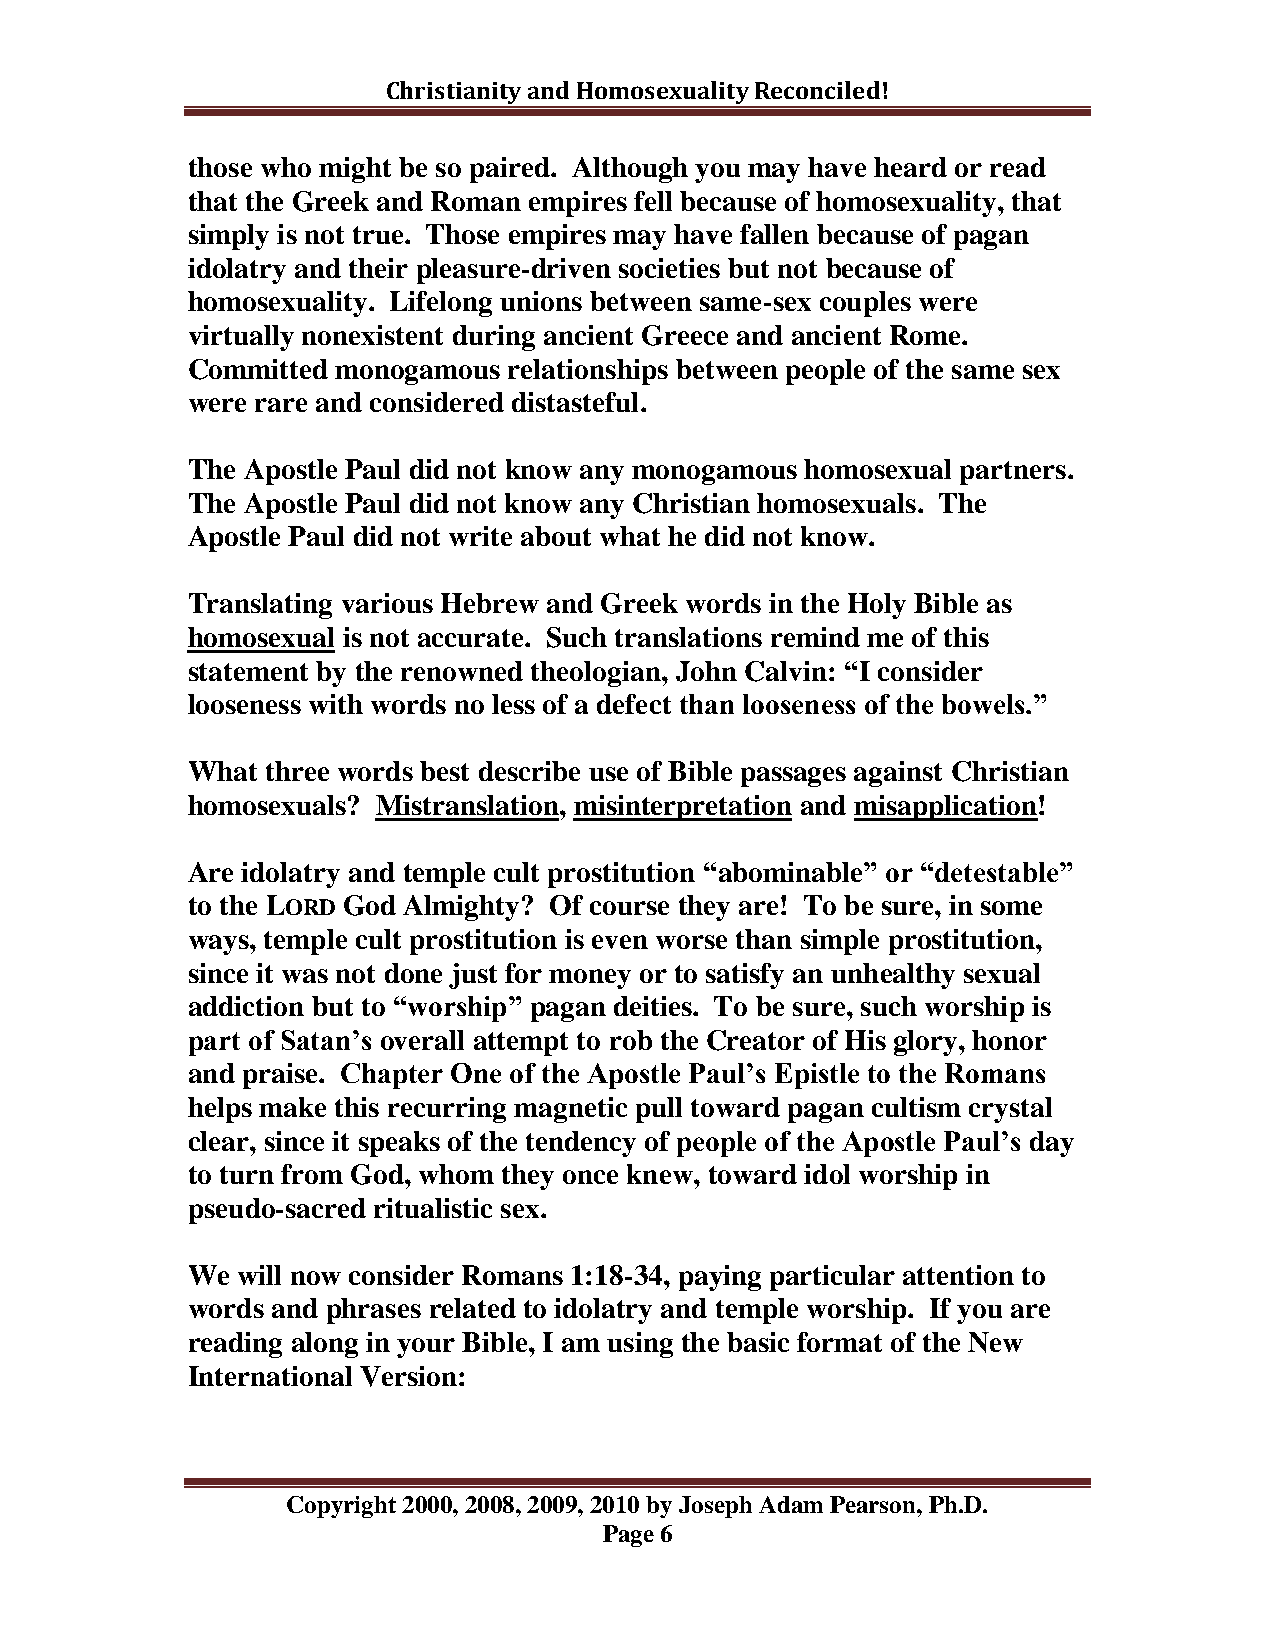
Christianity and Homosexuality Reconciled!
 those who might be so paired. Although you may have heard or read
 that the Greek and Roman empires fell because of homosexuality, that
 simply is not true. Those empires may have fallen because of pagan
 idolatry and their pleasure-driven societies but not because of
 homosexuality. Lifelong unions between same-sex couples were
 virtually nonexistent during ancient Greece and ancient Rome.
 Committed monogamous  relationships between people of the same sex
 were rare and considered distasteful.
 The Apostle Paul did not know any monogamous homosexual partners.
 The Apostle Paul did not know any Christian homosexuals. The
 Apostle Paul did not write about what he did not know.
 Translating various Hebrew and Greek words in the Holy Bible as
 homosexual is not accurate. Such translations remind me of this
 statement by the renowned theologian, John Calvin: “I consider
 looseness with words no less of a defect than looseness of the bowels.”
 What  three words best describe use of Bible passages against Christian
 homosexuals? Mistranslation, misinterpretation and misapplication!
 Are idolatry and temple cult prostitution “abominable” or “detestable”
 to the LORD God Almighty? Of course they are! To be sure, in some
 ways, temple cult prostitution is even worse than simple prostitution,
 since it was not done just for money or to satisfy an unhealthy sexual
 addiction but to “worship” pagan deities. To be sure, such worship is
 part of Satan‟s overall attempt to rob the Creator of His glory, honor
 and praise. Chapter One of the Apostle Paul‟s Epistle to the Romans
 helps make this recurring magnetic pull toward pagan cultism crystal
 clear, since it speaks of the tendency of people of the Apostle Paul‟s day
 to turn from God, whom they once knew, toward idol worship in
 pseudo-sacred ritualistic sex.
 We  will now consider Romans 1:18-34, paying particular attention to
 words and phrases related to idolatry and temple worship. If you are
 reading along in your Bible, I am using the basic format of the New
 International Version:
 Copyright 2000, 2008, 2009, 2010 by Joseph Adam Pearson, Ph.D.
 Page 6